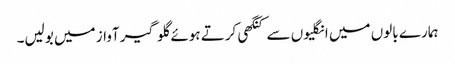
ہمارے بالوں میں انگلیوں سے کنگھی کرتے ہوئے گلو گیر آواز میں بولیں۔